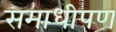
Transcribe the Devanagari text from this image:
समाधीपण